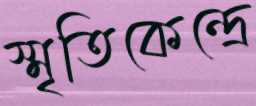
স্মৃতিকেন্দ্রে